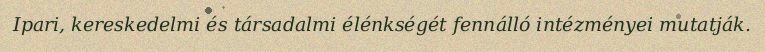
Ipari, kereskedelmi és társadalmi élénkségét fennálló intézményei mutatják.